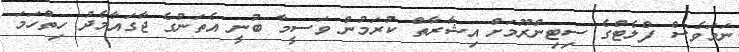
ނަމަވެސް ފްލެޓްގެ ސިޓިންރޫމަށް އިޝާރާތް ކުރަމުން ވަސީމާ ބުނީ އެތަނުގެ ޖާގައާމެދު ހިތްހަމަ